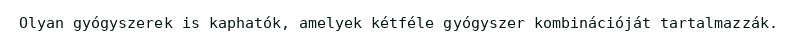
Olyan gyógyszerek is kaphatók, amelyek kétféle gyógyszer kombinációját tartalmazzák.